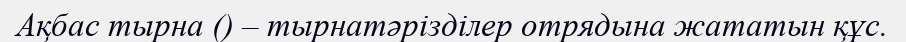
Ақбас тырна () – тырнатәрізділер отрядына жататын құс.